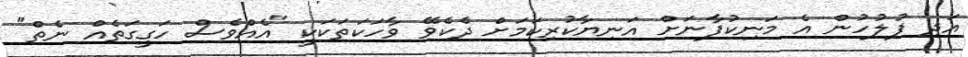
އަދި ފުލުހުން އެ މަނިކުފާނަށް އަނިޔާކުރިކަމަށް ދެކެވޭ ވާހަކަތަކަކީ "އެއްވެސް ހަގީގަތެއް ނެތް"